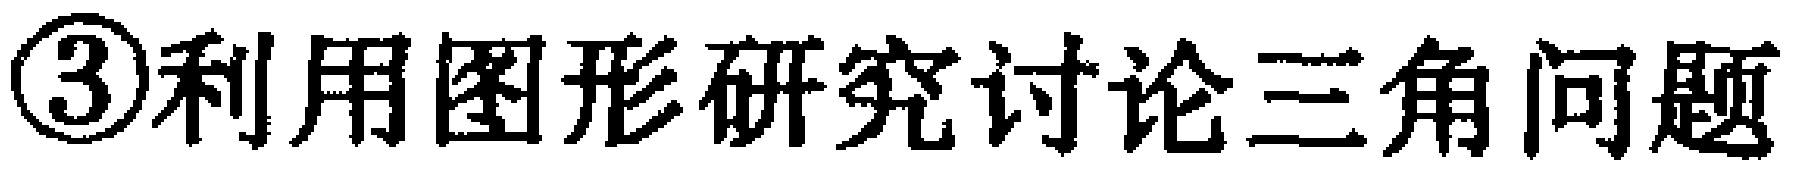
\textcircled{3}利用图形研究讨论三角问题